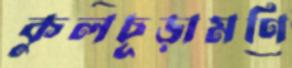
কুলচূড়ামণি